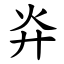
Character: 灷